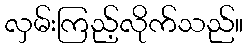
လှမ်းကြည့်လိုက်သည်။